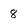
Character: 8